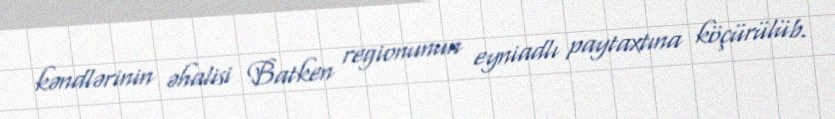
kəndlərinin əhalisi Batken regionunun eyniadlı paytaxtına köçürülüb.